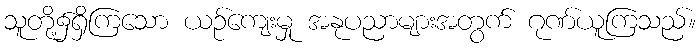
သူတို့၌ရှိကြသော ယဉ်ကျေးမှု အနုပညာများအတွက် ဂုဏ်ယူကြသည်။